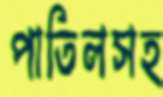
পাতিলসহ